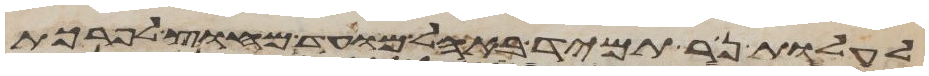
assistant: לעלות נר תמיד באהל מועד מחוץ לפרכת